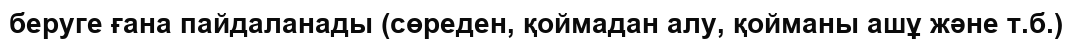
беруге ғана пайдаланады (сөреден, қоймадан алу, қойманы ашұ және т.б.)